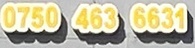
0750 463 6631